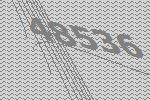
48536